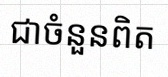
សន្មតថា x ជាចំនួនពិត